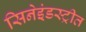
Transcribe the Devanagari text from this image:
सिनेइंडस्ट्रीत